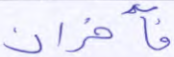
فآخران